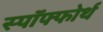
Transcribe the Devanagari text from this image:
स्पॉफ्फोर्थ